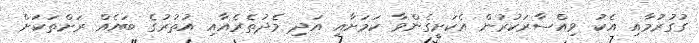
ގުގުރުމާއި އެކު ވިއްސާރަކުރުން އެކަށީގެންވާ ކަމަށާއި އަދި މެދުތެރެއާއި އުތުރުގެ ބައެއް ރަށްތަކަށް